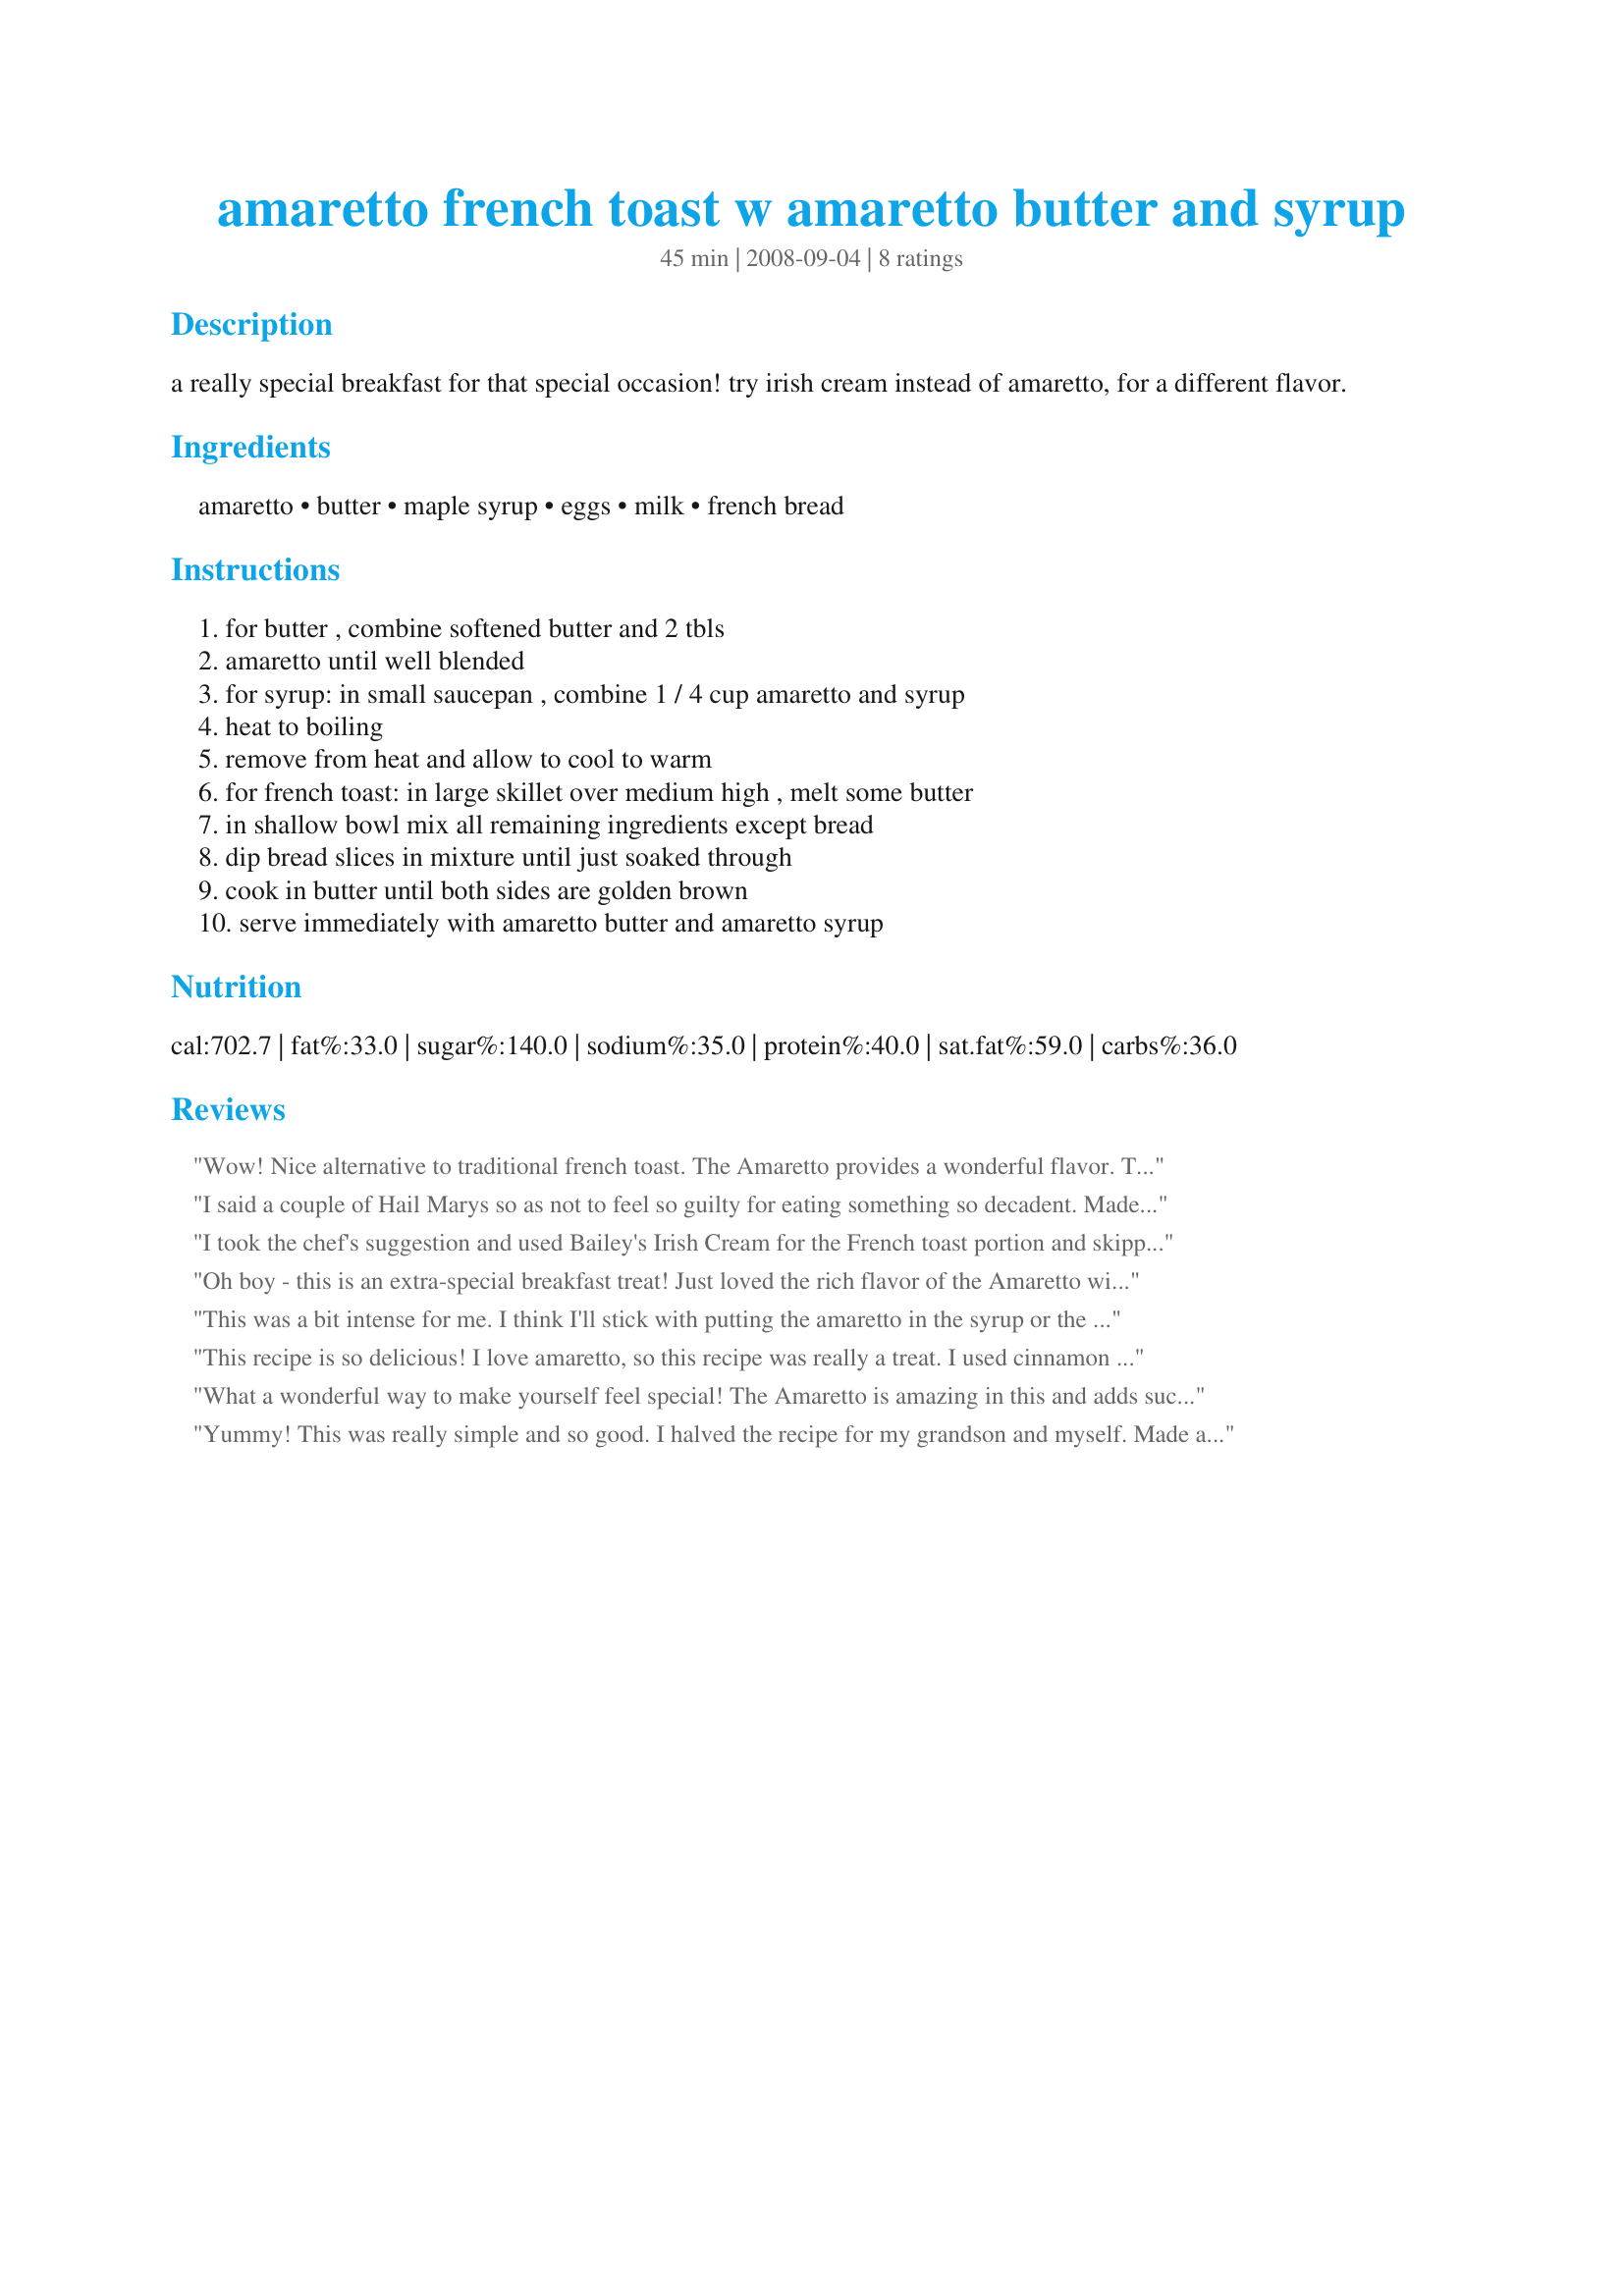
amaretto french toast w amaretto butter and syrup
Preparation time: 45 minutes

a really special breakfast for that special occasion! try irish cream instead of amaretto, for a different flavor.

Ingredients:
amaretto, butter, maple syrup, eggs, milk, french bread

Steps:
for butter , combine softened butter and 2 tbls, amaretto until well blended, for syrup: in small saucepan , combine 1 / 4 cup amaretto and syrup, heat to boiling, remove from heat and allow to cool to warm, for french toast: in large skillet over medium high , melt some butter, in shallow bowl mix all remaining ingredients except bread, dip bread slices in mixture until just soaked through, cook in butter until both sides are golden brown, serve immediately with amaretto butter and amaretto syrup

Reviews:
Wow! Nice alternative to traditional french toast. The Amaretto provides a wonderful flavor. Thanks for posting. Made for PRMR.
I said a couple of Hail Marys so as not to feel so guilty for eating something so decadent. Made for Everyday Is A Holiday.
I took the chef's suggestion and used Bailey's Irish Cream for the French toast portion and skipped the milk altogether (we like eggy French toast). I used Amaretto for the syrup, and left the butter plain. Worked wonderful, so delicious! Thanks for a keeper recipe. Update: Made again this morning, omitting the syrup, and adding the Amaretto to melted butter for the condiment along with powdered sugar atop. Loved it (again). :)
Oh boy - this is an extra-special breakfast treat! Just loved the rich flavor of the Amaretto with this. Since I cooked the French toast in butter, I didn't use the Amaretto butter, but I did use the syrup and it was terrific. Thanks for posting this winner!
This was a bit intense for me. I think I'll stick with putting the amaretto in the syrup or the eggs, but not in the butter. It was nice to try something new! Thank you!
This recipe is so delicious! I love amaretto, so this recipe was really a treat. I used cinnamon swirl bread. I didn&#039;t use the amaretto syrup on mine but the rest of the family did and they gave it 5 Stars! Made for Veg &#039;n Swap tag.
What a wonderful way to make yourself feel special! The Amaretto is amazing in this and adds such flavor. I can't wait to make this again!
Yummy! This was really simple and so good. I halved the recipe for my grandson and myself. Made as directed for one serving, then used Frangelico for the other serving. Both of us enjoyed this both ways a lot. Thanks Mikekey for sharing this winning recipe. Congrats on your win in the Football Pool.
